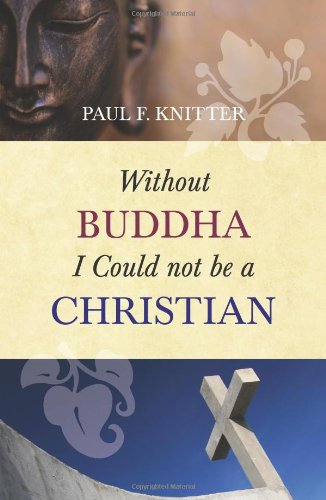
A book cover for Without Buddha I Could Not Be a Christian; Paul F. Knitter; Religion & Spirituality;